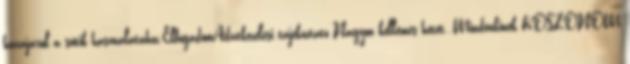
hozzájárul a sütik használatához.ElfogadomAdatkezelési tájékoztató Nagyon kellemes hetet..,Mindenkinek KÖSZÖNÖM